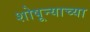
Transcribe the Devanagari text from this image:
शोषून्याच्या